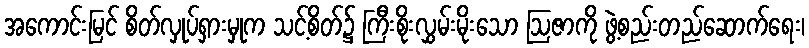
အကောင်းမြင် စိတ်လှုပ်ရှားမှုက သင့်စိတ်၌ ကြီးစိုးလွှမ်းမိုးသော ဩဇာကို ဖွဲ့စည်းတည်ဆောက်ရေး၊